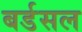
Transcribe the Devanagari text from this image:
बर्डसल